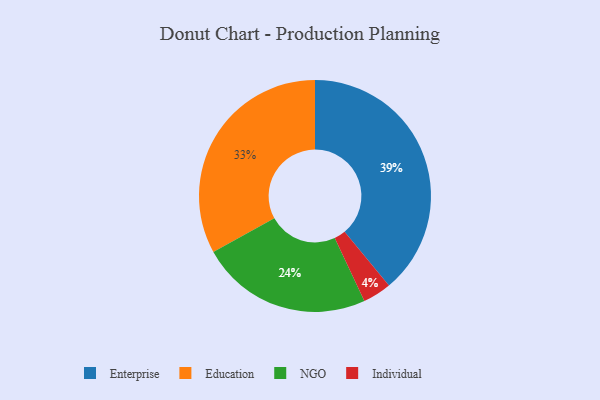
{"axis": {"x": "Category", "y": "Percentage"}, "legend": ["Education", "Enterprise", "Individual", "NGO"], "data": [{"x": "Education", "y": 33, "type": "Education"}, {"x": "Enterprise", "y": 39, "type": "Enterprise"}, {"x": "Individual", "y": 4, "type": "Individual"}, {"x": "NGO", "y": 24, "type": "NGO"}]}